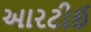
આરટીઈ